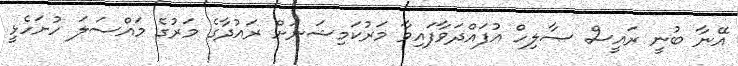
އޭނާ ބުނީ ރައީސް ޞާލިހް އުފައްދަވާފައިވާ މަރުކަމިޝަނަށް ރައުދާގެ މަރުގެ މައްސަލަ ހުށަހެޅީ